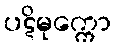
ပဋိမုက္ကော